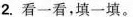
2.看一看，填一填。